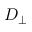
D _ { \perp }